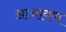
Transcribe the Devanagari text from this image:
आश्रावण